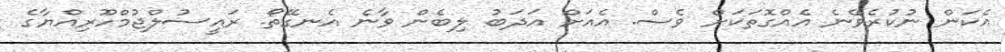
އެކަން ނުކުރެވޭނެ އެއްގޮތަކަށް ވެސް. އެއަށް އަދަބު ލިބެން ވާނެ އެނގޭތޯ. ރައީސުލްޖުމްހޫރިއްޔާގެ